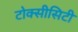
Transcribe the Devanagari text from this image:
टोक्सीसिटी